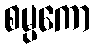
စမ္ပကော